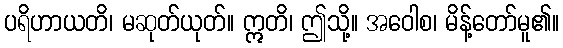
ပရိဟာယတိ၊ မဆုတ်ယုတ်။ ဣတိ၊ ဤသို့။ အဝေါစ၊ မိန့်တော်မူ၏။